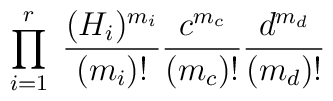
\prod_{i=1}^r\;\frac{(H_i)^{m_i}}{(m_i)!}\frac{c^{m_c}}{(m_c)!}\frac{d^{m_d}}{(m_d)!}